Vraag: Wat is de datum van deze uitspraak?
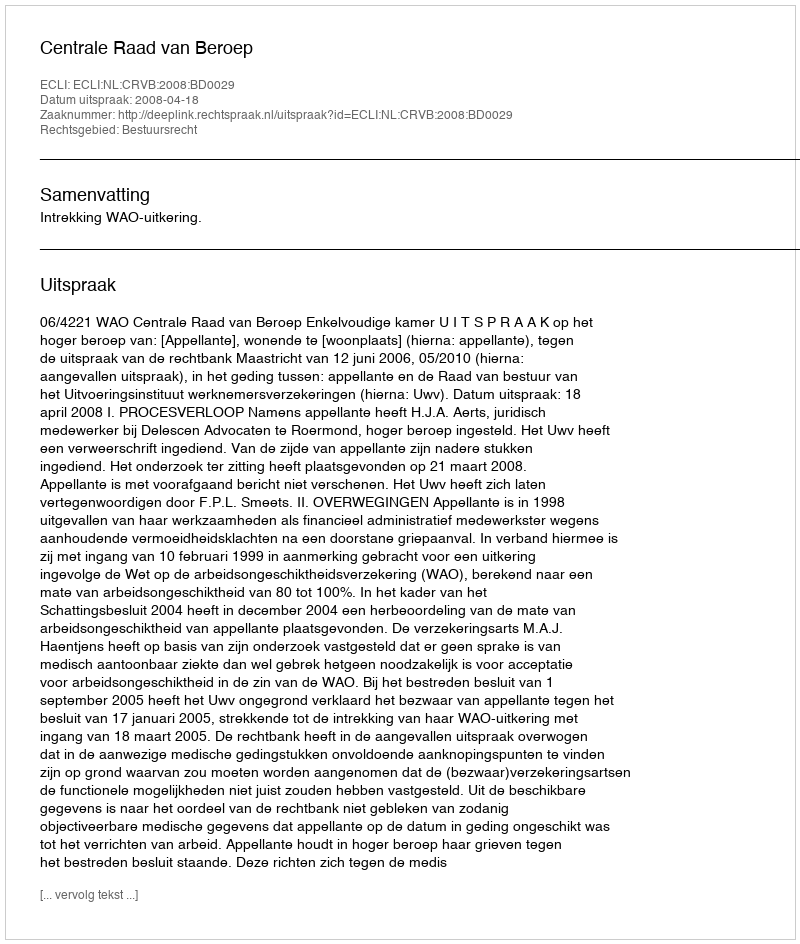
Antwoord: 2008-04-18